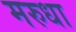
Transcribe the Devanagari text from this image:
मरुधा